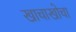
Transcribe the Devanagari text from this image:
खाचाखोचा